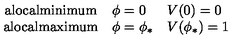
\left. \begin{array} { c l l } { \mathrm { a l o c a l m i n i m u m } } & { \phi = 0 } & { V ( 0 ) = 0 } \\ { \mathrm { a l o c a l m a x i m u m } } & { \phi = \phi _ { * } } & { V ( \phi _ { * } ) = 1 } \\ \end{array} \right.